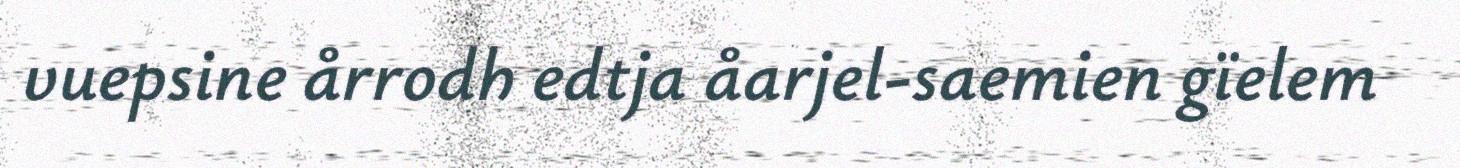
vuepsine årrodh edtja åarjel-saemien gïelem